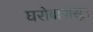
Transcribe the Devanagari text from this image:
घरोबापासून